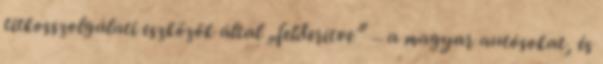
titkosszolgálati eszközök által „felderítve” – a magyar autósokat, és